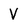
Character: V